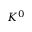
K ^ { 0 }